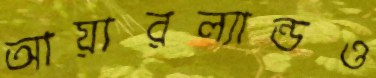
আয়ারল্যান্ডও